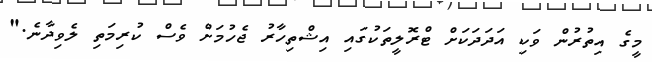
މީގެ އިތުރުން ވަކި އަދަދަކަށް ޓްރޮލީތަކުގައި އިޝްތިހާރު ޖެހުމަށް ވެސް ކުރިމަތި ލެވިދާނެ."